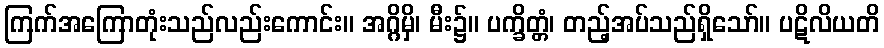
ကြက်အကြောတုံးသည်လည်းကောင်း။ အဂ္ဂိမှိ၊ မီး၌။ ပက္ခိတ္တံ၊ တည့်အပ်သည်ရှိသော်။ ပဋိလိယတိ